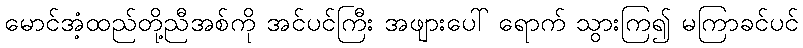
မောင်အံ့ထည်တို့ညီအစ်ကို အင်ပင်ကြီး အဖျားပေါ် ရောက် သွားကြ၍ မကြာခင်ပင်